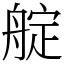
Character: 𦩘